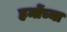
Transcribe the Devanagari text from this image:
हमोंच्या